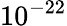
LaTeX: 10^{-22}